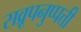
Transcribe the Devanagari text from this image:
सव्रूपनुप्पत्ती